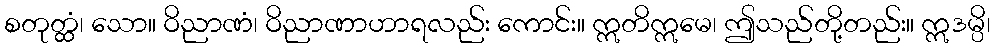
စတုတ္ထံ၊ သော။ ဝိညာဏံ၊ ဝိညာဏာဟာရလည်း ကောင်း။ ဣတိဣမေ၊ ဤသည်တို့တည်း။ ဣဒမ္ပိ၊